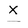
Character: x